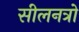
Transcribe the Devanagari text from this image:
सीलनत्रो